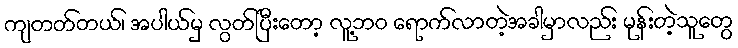
ကျတတ်တယ်၊ အပါယ်မှ လွတ်ပြီးတော့ လူ့ဘဝ ရောက်လာတဲ့အခါမှာလည်း မုန်းတဲ့သူတွေ